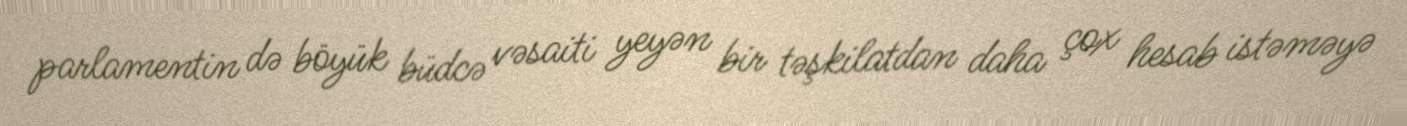
parlamentin də böyük büdcə vəsaiti yeyən bir təşkilatdan daha çox hesab istəməyə